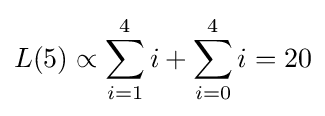
L(5)\propto \sum _{i=1}^{4}i+\sum _{i=0}^{4}i=20